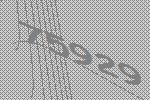
75929